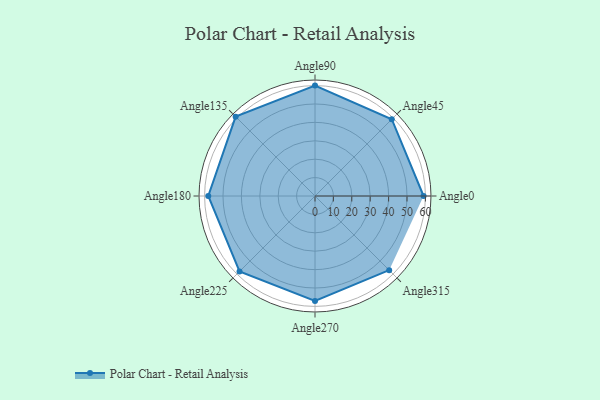
{"axis": {"x": "Angle", "y": "Radius"}, "legend": [""], "data": [{"x": "Angle0", "y": 59.0, "type": ""}, {"x": "Angle45", "y": 59.0, "type": ""}, {"x": "Angle90", "y": 60.0, "type": ""}, {"x": "Angle135", "y": 61.0, "type": ""}, {"x": "Angle180", "y": 58.0, "type": ""}, {"x": "Angle225", "y": 58.0, "type": ""}, {"x": "Angle270", "y": 57.0, "type": ""}, {"x": "Angle315", "y": 57.0, "type": ""}]}